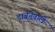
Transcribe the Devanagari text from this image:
दाबनेवाले